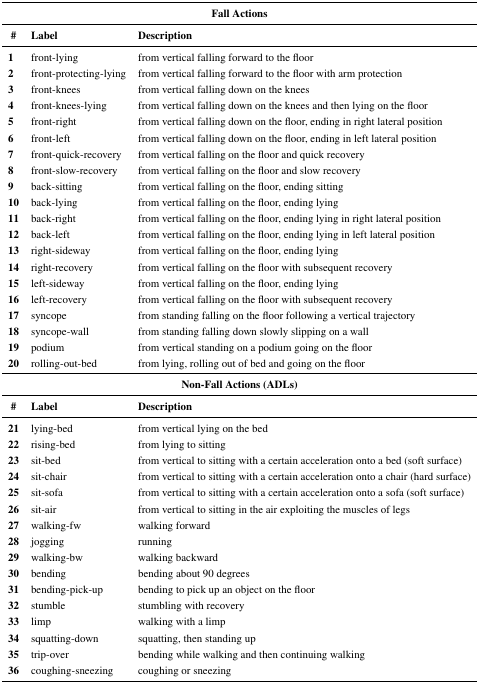
<table><thead><tr><td colspan="3"><b>Fall Actions</b></td></tr><tr><td><b>#</b></td><td><b>Label</b></td><td><b>Description</b></td></tr></thead><tbody><tr><td><b>1</b></td><td>front-lying</td><td>from vertical falling forward to the floor</td></tr><tr><td><b>2</b></td><td>front-protecting-lying</td><td>from vertical falling forward to the floor with arm protection</td></tr><tr><td><b>3</b></td><td>front-knees</td><td>from vertical falling down on the knees</td></tr><tr><td><b>4</b></td><td>front-knees-lying</td><td>from vertical falling down on the knees and then lying on the floor</td></tr><tr><td><b>5</b></td><td>front-right</td><td>from vertical falling down on the floor, ending in right lateral position</td></tr><tr><td><b>6</b></td><td>front-left</td><td>from vertical falling down on the floor, ending in left lateral position</td></tr><tr><td><b>7</b></td><td>front-quick-recovery</td><td>from vertical falling on the floor and quick recovery</td></tr><tr><td><b>8</b></td><td>front-slow-recovery</td><td>from vertical falling on the floor and slow recovery</td></tr><tr><td><b>9</b></td><td>back-sitting</td><td>from vertical falling on the floor, ending sitting</td></tr><tr><td><b>10</b></td><td>back-lying</td><td>from vertical falling on the floor, ending lying</td></tr><tr><td><b>11</b></td><td>back-right</td><td>from vertical falling on the floor, ending lying in right lateral position</td></tr><tr><td><b>12</b></td><td>back-left</td><td>from vertical falling on the floor, ending lying in left lateral position</td></tr><tr><td><b>13</b></td><td>right-sideway</td><td>from vertical falling on the floor, ending lying</td></tr><tr><td><b>14</b></td><td>right-recovery</td><td>from vertical falling on the floor with subsequent recovery</td></tr><tr><td><b>15</b></td><td>left-sideway</td><td>from vertical falling on the floor, ending lying</td></tr><tr><td><b>16</b></td><td>left-recovery</td><td>from vertical falling on the floor with subsequent recovery</td></tr><tr><td><b>17</b></td><td>syncope</td><td>from standing falling on the floor following a vertical trajectory</td></tr><tr><td><b>18</b></td><td>syncope-wall</td><td>from standing falling down slowly slipping on a wall</td></tr><tr><td><b>19</b></td><td>podium</td><td>from vertical standing on a podium going on the floor</td></tr><tr><td><b>20</b></td><td>rolling-out-bed</td><td>from lying, rolling out of bed and going on the floor</td></tr><tr><td colspan="3"><b>Non-Fall Actions (ADLs)</b></td></tr><tr><td><b>#</b></td><td><b>Label</b></td><td><b>Description</b></td></tr><tr><td><b>21</b></td><td>lying-bed</td><td>from vertical lying on the bed</td></tr><tr><td><b>22</b></td><td>rising-bed</td><td>from lying to sitting</td></tr><tr><td><b>23</b></td><td>sit-bed</td><td>from vertical to sitting with a certain acceleration onto a bed (soft surface)</td></tr><tr><td><b>24</b></td><td>sit-chair</td><td>from vertical to sitting with a certain acceleration onto a chair (hard surface)</td></tr><tr><td><b>25</b></td><td>sit-sofa</td><td>from vertical to sitting with a certain acceleration onto a sofa (soft surface)</td></tr><tr><td><b>26</b></td><td>sit-air</td><td>from vertical to sitting in the air exploiting the muscles of legs</td></tr><tr><td><b>27</b></td><td>walking-fw</td><td>walking forward</td></tr><tr><td><b>28</b></td><td>jogging</td><td>running</td></tr><tr><td><b>29</b></td><td>walking-bw</td><td>walking backward</td></tr><tr><td><b>30</b></td><td>bending</td><td>bending about 90 degrees</td></tr><tr><td><b>31</b></td><td>bending-pick-up</td><td>bending to pick up an object on the floor</td></tr><tr><td><b>32</b></td><td>stumble</td><td>stumbling with recovery</td></tr><tr><td><b>33</b></td><td>limp</td><td>walking with a limp</td></tr><tr><td><b>34</b></td><td>squatting-down</td><td>squatting, then standing up</td></tr><tr><td><b>35</b></td><td>trip-over</td><td>bending while walking and then continuing walking</td></tr><tr><td><b>36</b></td><td>coughing-sneezing</td><td>coughing or sneezing</td></tr></tbody></table>